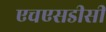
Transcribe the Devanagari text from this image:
एचएसडीसी